Indian journal of veterinary science and animal husbandry - Volume 6,
Year: 1936
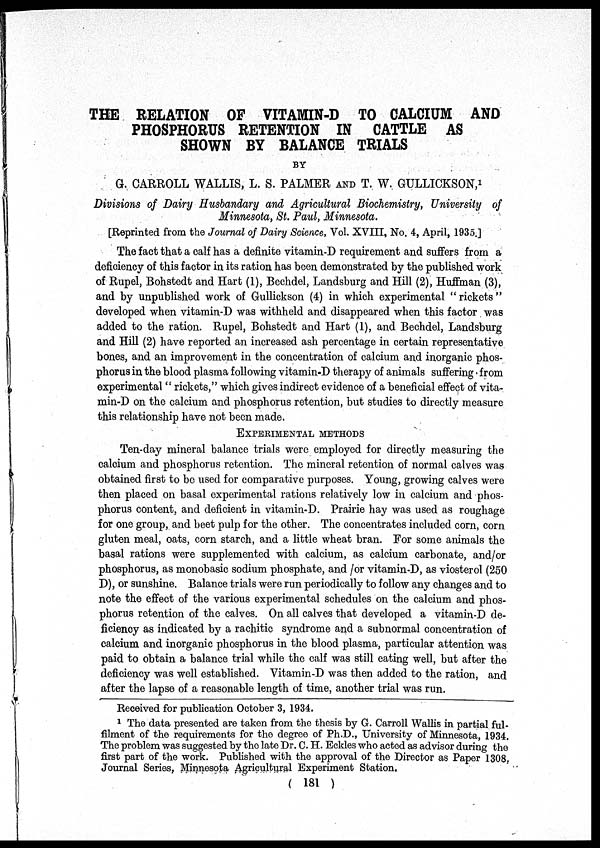
THE RELATION OF VITAMIN-D TO CALCIUM AND
PHOSPHORUS RETENTION IN
CATTLE AS
SHOWN BY BALANCE TRIALS
BY
G. CARROLL WALLIS, L. S. PALMER AND T. W. GULLICKSON, 1
Divisions of Dairy Husbandary and Agricultural Biochemistry, University of
Minnesota, St. Paul, Minnesota.
[Reprinted from the Journal of Dairy Science, Vol. XVIII, No. 4, April, 1935.]
The fact that a calf has a definite vitamin-D requirement and suffers from a
deficiency of this factor in its ration has been demonstrated by the published work
of Rupel, Bohstedt and Hart (1), Bechdel, Landsburg and Hill (2), Huffman (3),
and by unpublished work of Gullickson (4) in which experimental "rickets"
developed when vitamin-D was withheld and disappeared when this factor was
added to the ration. Rupel, Bohstedt and Hart (1), and Bechdel, Landsburg
and Hill (2) have reported an increased ash percentage in certain representative
bones, and an improvement in the concentration of calcium and inorganic phos-
phorus in the blood plasma following vitamin-D therapy of animals suffering from
experimental " rickets," which gives indirect evidence of a beneficial effect of vita-
min-D on the calcium and phosphorus retention, but studies to directly measure
this relationship have not been made.
EXPERIMENTAL METHODS
Ten-day mineral balance trials were employed for directly measuring the
calcium and phosphorus retention. The mineral retention of normal calves was
obtained first to be used for comparative purposes. Young, growing calves were
then placed on basal experimental rations relatively low in calcium and phos-
phorus content, and deficient in vitamin-D. Prairie hay was used as roughage
for one group, and beet pulp for the other. The concentrates included corn, corn
gluten meal, oats, corn starch, and a little wheat bran. For some animals the
basal rations were supplemented with calcium, as calcium carbonate, and/or
phosphorus, as monobasic sodium phosphate, and /or vitamin-D, as viosterol (250
D), or sunshine. Balance trials were run periodically to follow any changes and to
note the effect of the various experimental schedules on the calcium and phos-
phorus retention of the calves. On all calves that developed a vitamin-D de-
ficiency as indicated by a rachitic syndrome and a subnormal concentration of
calcium and inorganic phosphorus in the blood plasma, particular attention was
paid to obtain a balance trial while the calf was still eating well, but after the
deficiency was well established. Vitamin-D was then added to the ration, and
after the lapse of a reasonable length of time, another trial was run.
Received for publication October 3, 1934.
1 The data presented are taken from the thesis by G. Carroll Wallis in partial ful-
filment of the requirements for the degree of Ph.D., University of Minnesota, 1934.
The problem was suggested by the late Dr. C. H. Eckles who acted as advisor during the
first part of the work. Published with the approval of the Director as Paper 1308,
Journal Series, Minnesota Agricultural Experiment Station.
( 181 )